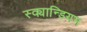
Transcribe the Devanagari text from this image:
स्क्यान्डियम